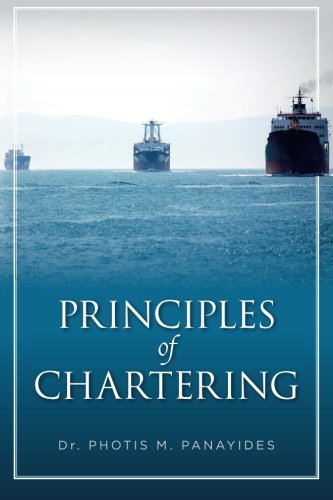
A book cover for Principles of Chartering; Dr. Photis M. Panayides; Engineering & Transportation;